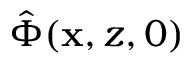
\hat { \Phi } ( \mathbf { x } , z , 0 )